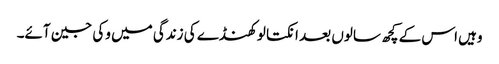
وہیں اس کے کچھ سالوں بعد انکتا لوکھنڈے کی زندگی میں وکی جین آئے۔